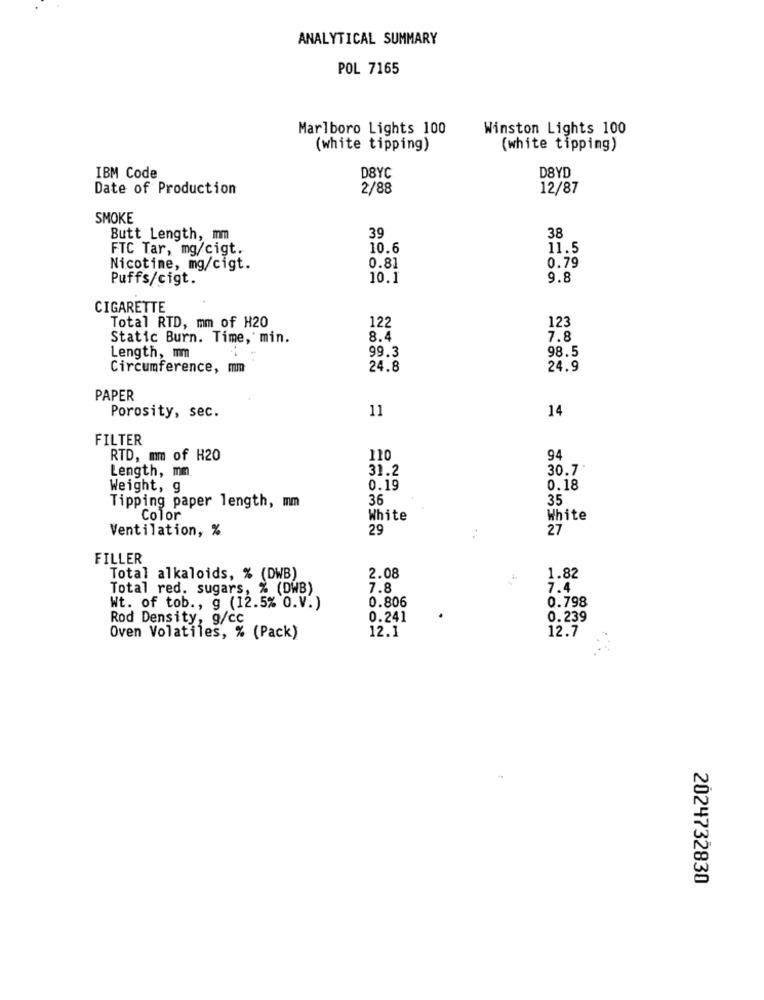
ANALYTICAL SUMMARY
POL 7165
Marlboro Lights 100
Winston Lights 100
(white tipping)
(white tipping)
D8YD
IBM Code
D8YC
Date of Production
2/88
12/87
SMOKE
Butt Length, mm
39
38
FTC Tar, mg/cigt.
10.6
11.5
0.81
0.79
Nicotine, mg/cigt.
Puffs/cigt.
10.1
9.8
CIGARETTE
122
123
Total RTD, mm of H20
Static Burn. Time, min.
8.4
7.8
Length, mm
99.3
98.5
Circumference, mm
24.8
24.9
PAPER
11
14
Porosity, sec.
FILTER
RTD, mm of H20
110
94
Length, mm
31.2
30.7
Weight, g
0.19
0.18
Tipping paper length, mm
36
35
Color
White
White
Ventilation, %
29
27
FILLER
Total alkaloids, % (DWB)
2.08
1.82
Total red. sugars, % (DWB)
7.8
7.4
0.806
0.798
Wt. of tob ., g (12.5% O.V.)
Rod Density, g/cc
0.241
0.239
12.1
12.7
Oven Volatiles, % (Pack)
2024732830